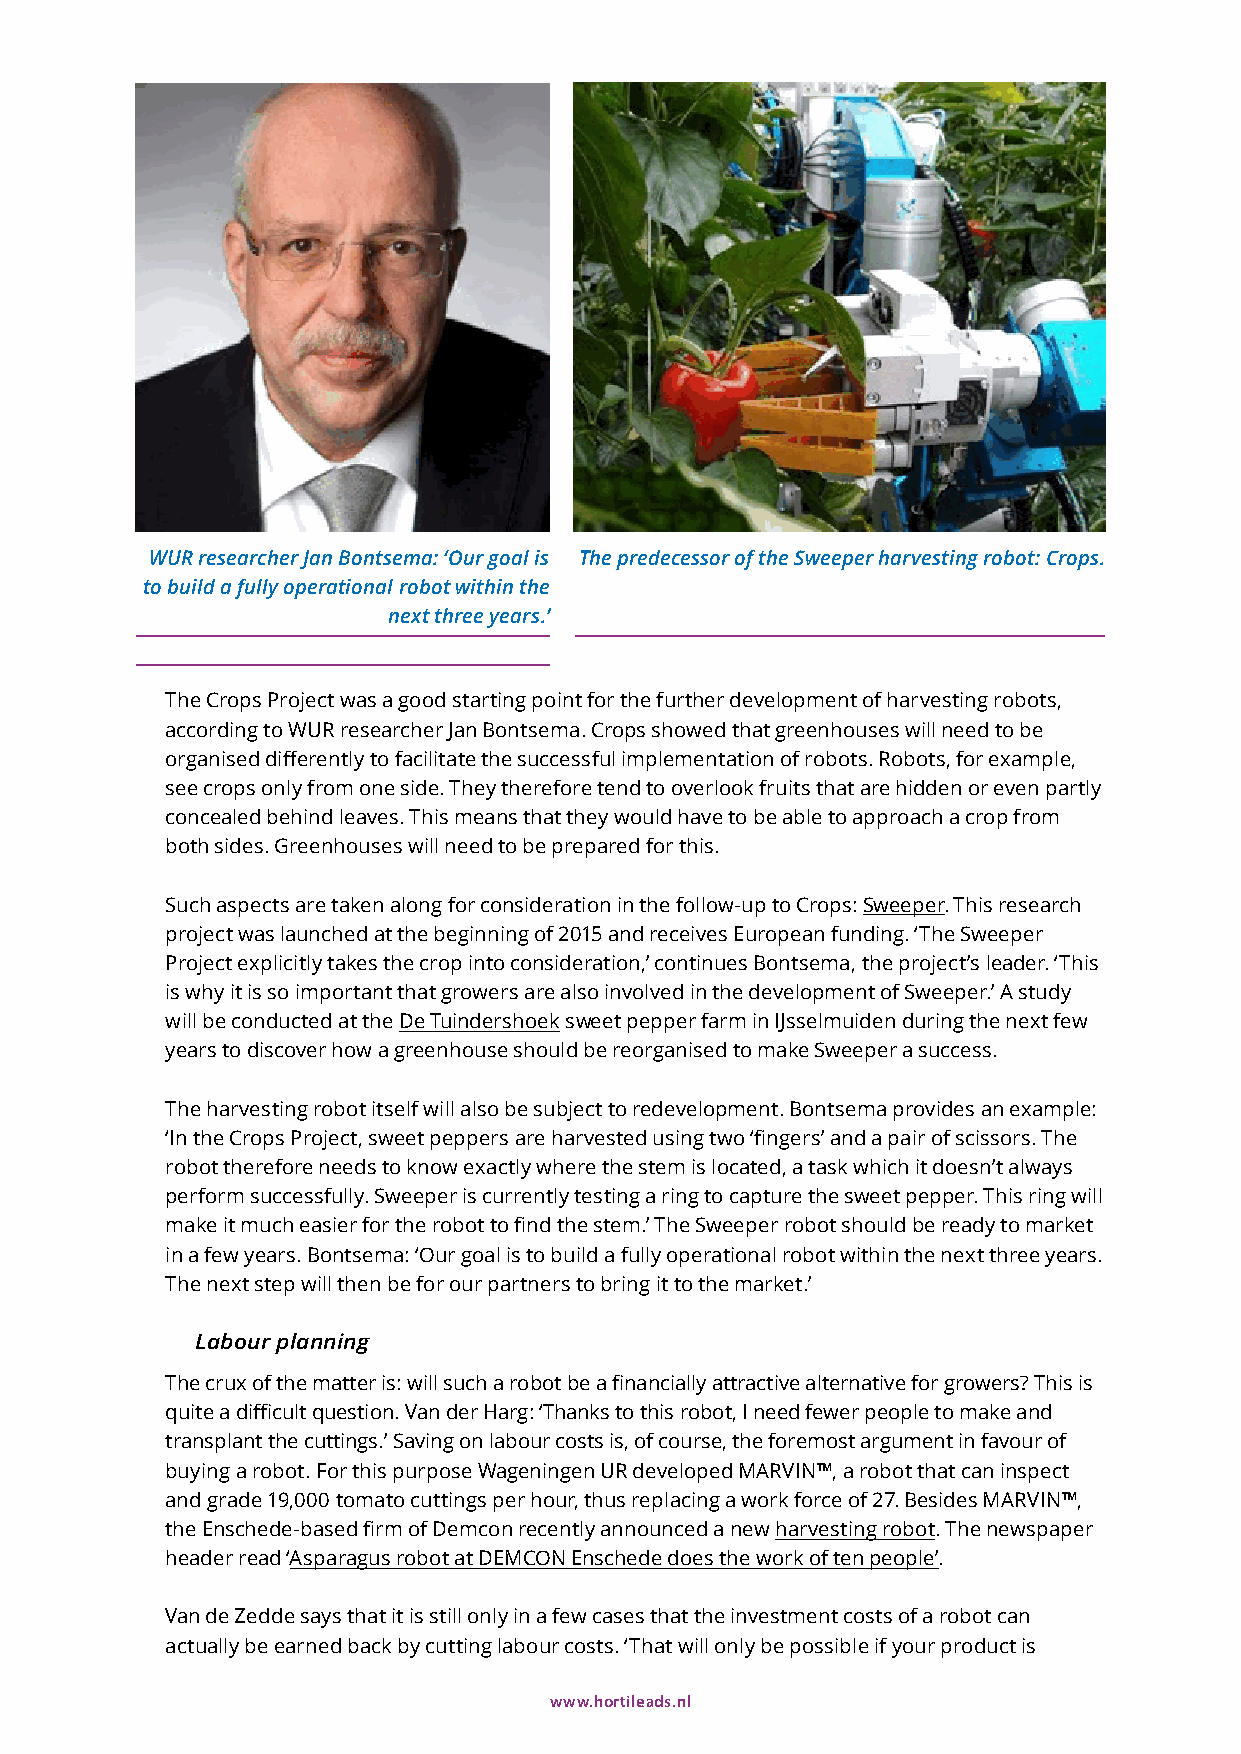
WUR researcher Jan Bontsema: ‘Our goal is The predecessor of the Sweeper harvesting robot: Crops.
 to build a fully operational robot within the
 next three years.’
 The Crops Project was a good starting point for the further development of harvesting robots,
 according to WUR researcher Jan Bontsema. Crops showed that greenhouses will need to be
 organised differently to facilitate the successful implementation of robots. Robots, for example,
 see crops only from one side. They therefore tend to overlook fruits that are hidden or even partly
 concealed behind leaves. This means that they would have to be able to approach a crop from
 both sides. Greenhouses will need to be prepared for this.
 Such aspects are taken along for consideration in the follow-up to Crops: Sweeper. This research
 project was launched at the beginning of 2015 and receives European funding. ‘The Sweeper
 Project explicitly takes the crop into consideration,’ continues Bontsema, the project’s leader. ‘This
 is why it is so important that growers are also involved in the development of Sweeper.’ A study
 will be conducted at the De Tuindershoek sweet pepper farm in IJsselmuiden during the next few
 years to discover how a greenhouse should be reorganised to make Sweeper a success.
 The harvesting robot itself will also be subject to redevelopment. Bontsema provides an example:
 ‘In the Crops Project, sweet peppers are harvested using two ‘fingers’ and a pair of scissors. The
 robot therefore needs to know exactly where the stem is located, a task which it doesn’t always
 perform successfully. Sweeper is currently testing a ring to capture the sweet pepper. This ring will
 make it much easier for the robot to find the stem.’ The Sweeper robot should be ready to market
 in a few years. Bontsema: ‘Our goal is to build a fully operational robot within the next three years.
 The next step will then be for our partners to bring it to the market.’
 Labour planning
 The crux of the matter is: will such a robot be a financially attractive alternative for growers? This is
 quite a difficult question. Van der Harg: ‘Thanks to this robot, I need fewer people to make and
 transplant the cuttings.’ Saving on labour costs is, of course, the foremost argument in favour of
 buying a robot. For this purpose Wageningen UR developed MARVIN™, a robot that can inspect
 and grade 19,000 tomato cuttings per hour, thus replacing a work force of 27. Besides MARVIN™,
 the Enschede-based firm of Demcon recently announced a new harvesting robot. The newspaper
 header read ‘Asparagus robot at DEMCON Enschede does the work of ten people’.
 Van de Zedde says that it is still only in a few cases that the investment costs of a robot can
 actually be earned back by cutting labour costs. ‘That will only be possible if your product is
 www.hortileads.nl